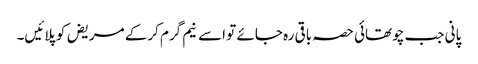
پانی جب چوتھائی حصہ باقی رہ جائے تو اسے نیم گرم کرکے مریض کو پلائیں۔